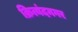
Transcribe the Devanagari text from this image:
क्रित्यंदनगर